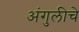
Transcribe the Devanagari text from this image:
अंगुलीचे